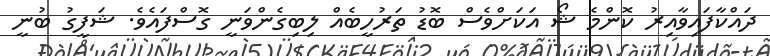
ދައްކާފައިވާއިރު ކޮންމެ ޝޯ އަކަށްވެސް ބޮޑު ތަރުހީބެއް ލިބިގެންވަނީ ގޮސްފައެވެ. ޝަފީގު ބުނީ